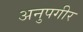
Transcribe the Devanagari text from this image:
अनुपगीर